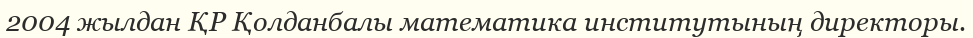
2004 жылдан ҚР Қолданбалы математика институтының директоры.